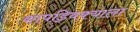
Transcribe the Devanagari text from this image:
कापड्विक्याला